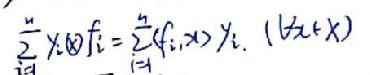
\(\sum_{i = 1}^{n} x_i \otimes f_i=\sum_{i = 1}^{n}\langle f_i,x\rangle y_i.(\forall x\in X)\)